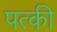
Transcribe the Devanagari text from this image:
पत्‍की